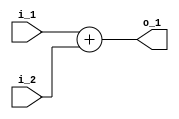
module adder(
  input [31:0] i_1, i_2,
  output [31:0] o_1
);

  assign o_1 = i_1 + i_2;

endmodule